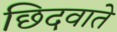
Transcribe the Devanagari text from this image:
छिदवाते